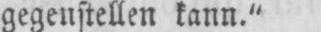
gegenstellen kann.”